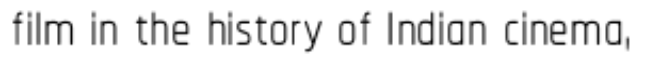
film in the history of Indian cinema,